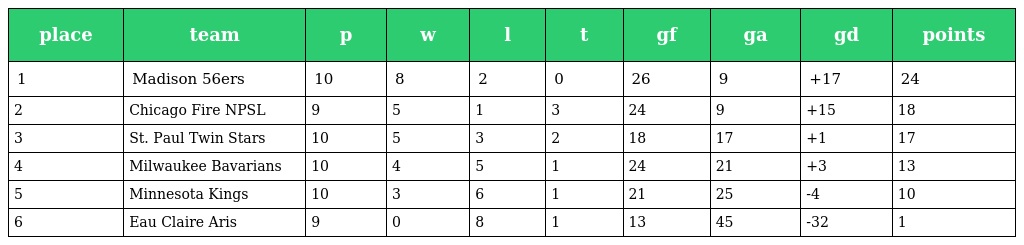
| place | team | p | w | l | t | gf | ga | gd | points |
 | --- | --- | --- | --- | --- | --- | --- | --- | --- | --- |
 | 1 | Madison 56ers | 10 | 8 | 2 | 0 | 26 | 9 | +17 | 24 |
 | 2 | Chicago Fire NPSL | 9 | 5 | 1 | 3 | 24 | 9 | +15 | 18 |
 | 3 | St. Paul Twin Stars | 10 | 5 | 3 | 2 | 18 | 17 | +1 | 17 |
 | 4 | Milwaukee Bavarians | 10 | 4 | 5 | 1 | 24 | 21 | +3 | 13 |
 | 5 | Minnesota Kings | 10 | 3 | 6 | 1 | 21 | 25 | -4 | 10 |
 | 6 | Eau Claire Aris | 9 | 0 | 8 | 1 | 13 | 45 | -32 | 1 |